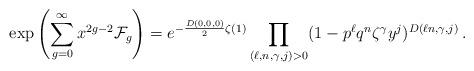
LaTeX: \begin{align*} \exp\left(\sum_{g=0}^\infty x^{2g-2}\mathcal{F}_g\right)=e^{-\frac{D(0,0,0)}{2}\zeta(1)} \prod_{(\ell,n,\gamma,j)>0}(1-p^\ell q^n\zeta^\gamma y^j)^{D(\ell n,\gamma,j)}\,.\end{align*}